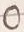
Text: O